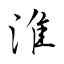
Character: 淮